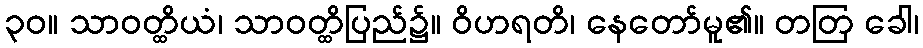
၃၀။ သာဝတ္ထိယံ၊ သာဝတ္ထိပြည်၌။ ဝိဟရတိ၊ နေတော်မူ၏။ တတြ ခေါ၊